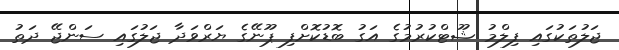
ޖަލުތަކުގައި ފިލްމު ޝޫޓްކުރުމުގެ އަގު ބޮޑުކޮށްްފި ޕޫނޭގެ ޔަރްވަދާ ޖަލުގައި ސަންޖޭ ދަތު